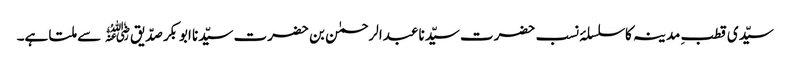
سیّدی قطبِ مدینہ کا سلسلۂ نسب حضرت سیّدنا عبدالرحمٰن بن حضرت سیّدنا ابوبکر صدّیق﷜ سے ملتا ہے۔